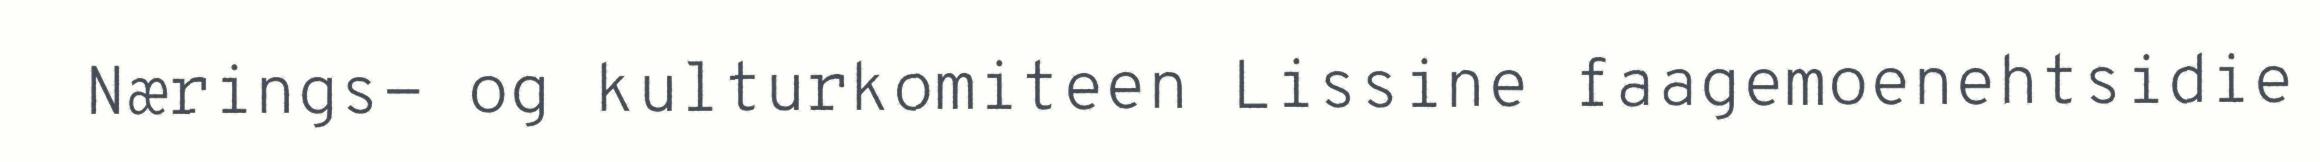
Nærings- og kulturkomiteen Lissine faagemoenehtsidie